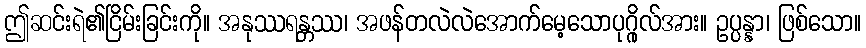
ဤဆင်းရဲ၏ငြိမ်းခြင်းကို။ အနုဿရန္တဿ၊ အဖန်တလဲလဲအောက်မေ့သောပုဂ္ဂိုလ်အား။ ဥပ္ပန္နာ၊ ဖြစ်သော။